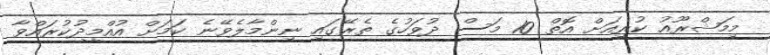
މިމަޝްރޫއު ކުރިއަށް އޮތް 10 މަސް ދުވަހުގެ ތެރޭގައި ނިންމާލެވޭނެ ކަމަށް އުއްމީދުކުރައްވާ